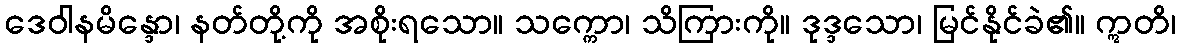
ဒေဝါနမိန္ဒော၊ နတ်တို့ကို အစိုးရသော။ သက္ကော၊ သိကြားကို။ ဒုဒ္ဒသော၊ မြင်နိုင်ခဲ၏။ ဣတိ၊